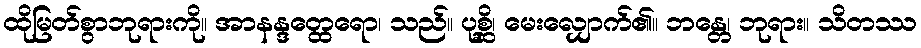
ထိုမြတ်စွာဘုရားကို။ အာနန္ဒတ္ထေရော၊ သည်။ ပုစ္ဆိ၊ မေးလျှောက်၏။ ဘန္တေ၊ ဘုရား။ သိတဿ